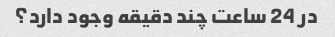
در 24 ساعت چند دقیقه وجود دارد؟